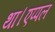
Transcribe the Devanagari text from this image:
था।एप्पल